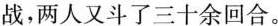
战，两人又斗了三十余回合。